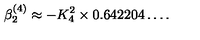
\beta _ { 2 } ^ { ( 4 ) } \approx - K _ { 4 } ^ { 2 } \times 0 . 6 4 2 2 0 4 \ldots .